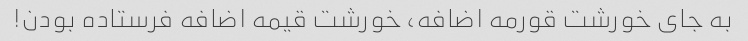
به جای خورشت قورمه اضافه، خورشت قیمه اضافه فرستاده بودن!